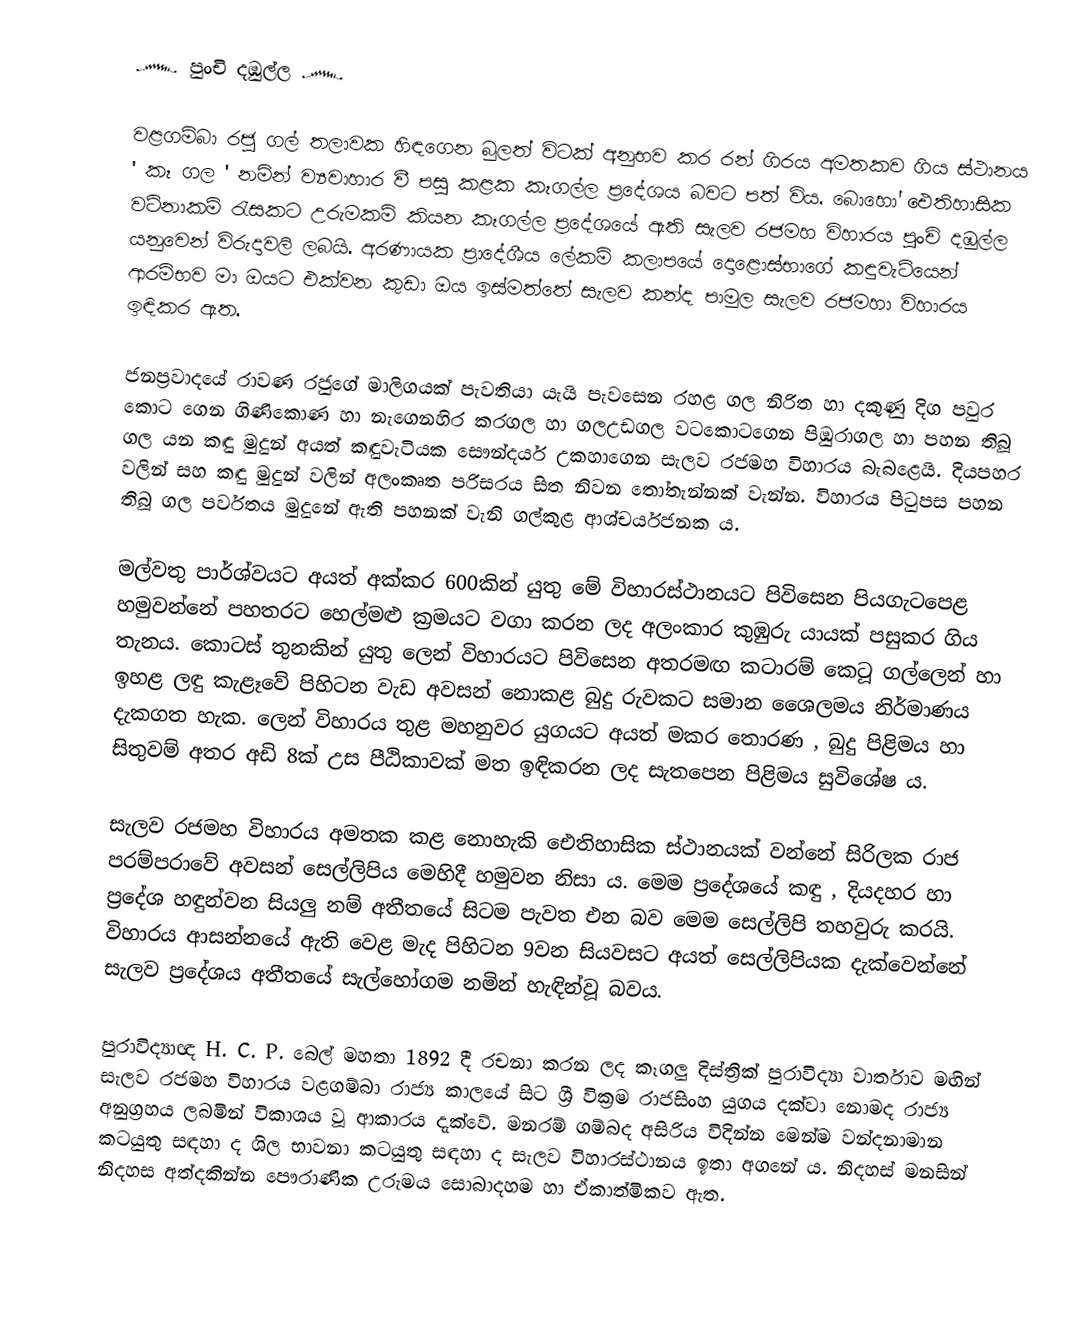
෴ පුංචි දඹුල්ල ෴

   වළගම්බා රජු ගල් තලාවක හිඳගෙන බුලත් විටක් අනුභව කර රන් ගිරය අමතකව ගිය ස්ථානය ' කෑ ගල ' නමින් ව්‍යවාහාර වී පසු කළක කෑගල්ල ප්‍රදේශය බවට පත් විය. බොහෝ ඓතිහාසික වටිනාකම් රැසකට උරුමකම් කියන කෑගල්ල ප්‍රදේශයේ ඇති සැලව රජමහ විහාරය පුංචි දඹුල්ල යනුවෙන් විරුදාවලි ලබයි. අරණායක ප්‍රාදේශීය ලේකම් කලාපයේ දොළොස්භාගේ කඳුවැටියෙන් ආරම්භව මා ඔයට එක්වන කුඩා ඔය ඉස්මත්තේ සැලව කන්ද පාමුල සැලව රජමහා විහාරය ඉඳිකර ඇත.

ජනප්‍රවාදයේ රාවණ රජුගේ මාලිගයක් පැවතියා යැයි පැවසෙන රහළ ගල නිරිත හා දකුණු දිග පවුර කොට ගෙන ගිණිකොණ හා නැගෙනහිර කරගල හා ගලඋඩගල වටකොටගෙන පිඹුරාගල හා පහන තිබූ ගල යන කඳු මුදුන් අයත් කඳුවැටියක සෞන්දර්ය උකහාගෙන සැලව රජමහ විහාරය බැබළෙයි. දියපහර වලින් සහ කඳු මුදුන් වලින් අලංකෘත පරිසරය සිත නිවන තෝතැන්නක් වැන්න. විහාරය පිටුපස පහන තිබූ ගල පර්වතය මුදුනේ ඇති පහනක් වැනි ගල්කුළ ආශ්චර්යජනක ය.

මල්වතු පාර්ශ්වයට අයත් අක්කර 600කින් යුතු මේ විහාරස්ථානයට පිවිසෙන පියගැටපෙළ හමුවන්නේ පහතරට හෙල්මළු ක්‍රමයට වගා කරන ලද අලංකාර කුඹුරු යායක් පසුකර ගිය තැනය. කොටස් තුනකින් යුතු ලෙන් විහාරයට පිවිසෙන අතරමඟ කටාරම් කෙටූ ගල්ලෙන් හා ඉහළ ලඳු කැළෑවේ පිහිටන වැඩ අවසන් නොකළ බුදු රුවකට සමාන ශෛලමය නිර්මාණය දැකගත හැක. ලෙන් විහාරය තුළ මහනුවර යුගයට අයත් මකර තොරණ , බුදු පිළිමය හා සිතුවම් අතර අඩි 8ක් උස පීඨිකාවක් මත ඉඳිකරන ලද සැතපෙන පිළිමය සුවිශේෂ ය.

සැලව රජමහ විහාරය අමතක කළ නොහැකි ඓතිහාසික ස්ථානයක් වන්නේ සිරිලක රාජ පරම්පරාවේ අවසන් සෙල්ලිපිය මෙහිදී හමුවන නිසා ය. මෙම ප්‍රදේශයේ කඳු , දියදහර හා ප්‍රදේශ හඳුන්වන සියලු නම් අතීතයේ සිටම පැවත එන බව මෙම සෙල්ලිපි තහවුරු කරයි. විහාරය ආසන්නයේ ඇති වෙළ මැද පිහිටන 9වන සියවසට අයත් සෙල්ලිපියක දැක්වෙන්නේ සැලව ප්‍රදේශය අතීතයේ සැල්හෝගම නමින් හැඳින්වූ බවය.

පුරාවිද්‍යාඥ H. C. P. බෙල් මහතා 1892 දී රචනා කරන ලද කෑගලු දිස්ත්‍රික් පුරාවිද්‍යා වාර්තාව මඟින් සැලව රජමහ විහාරය වළගම්බා රාජ්‍ය කාලයේ සිට ශ්‍රී වික්‍රම රාජසිංහ යුගය දක්වා නොමද රාජ්‍ය අනුග්‍රහය ලබමින් විකාශය වූ ආකාරය දැක්වේ. මනරම් ගම්බද අසිරිය විදින්න මෙන්ම වන්දනාමාන කටයුතු සඳහා ද ශිල භාවනා කටයුතු සඳහා ද සැලව විහාරස්ථානය ඉතා අගනේ ය. නිදහස් මනසින් නිදහස අත්දකින්න පෞරාණික උරුමය සොබාදහම හා ඒකාත්මිකව ඇත.